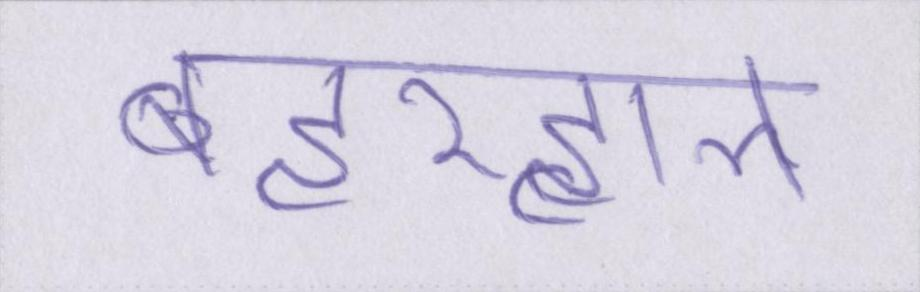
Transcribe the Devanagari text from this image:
बहरहाल